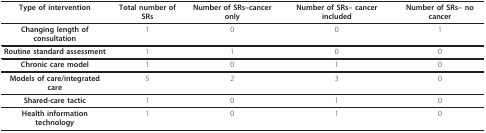
<table><thead><tr><td><b>Type of intervention</b></td><td><b>Total number of SRs</b></td><td><b>Number of SRs--cancer only</b></td><td><b>Number of SRs-- cancer included</b></td><td><b>Number of SRs-- no cancer</b></td></tr></thead><tbody><tr><td><b>Changing length of consultation</b></td><td>1</td><td>0</td><td>0</td><td>1</td></tr><tr><td><b>Routine standard assessment</b></td><td>1</td><td>1</td><td>0</td><td>0</td></tr><tr><td><b>Chronic care model</b></td><td>1</td><td>0</td><td>1</td><td>0</td></tr><tr><td><b>Models of care/integrated care</b></td><td>5</td><td>2</td><td>3</td><td>0</td></tr><tr><td><b>Shared-care tactic</b></td><td>1</td><td>0</td><td>1</td><td>0</td></tr><tr><td><b>Health information technology</b></td><td>1</td><td>0</td><td>1</td><td>0</td></tr></tbody></table>